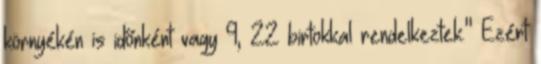
környékén is időnként vagy 9, 22 birtokkal rendelkeztek." Ezért